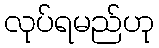
လုပ်ရမည်ဟု